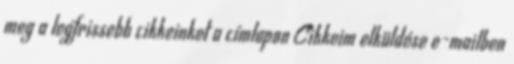
meg a legfrissebb cikkeinket a címlapon Cikkeim elküldése e-mailben